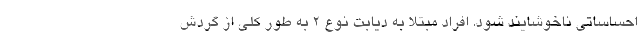
احساساتی ناخوشایند شود. افراد مبتلا به دیابت نوع 2 به طور کلی از گردش